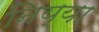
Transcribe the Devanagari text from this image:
निय्या